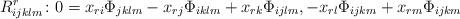
LaTeX: \begin{align*}R_{ijklm}^r\colon0=x_{ri}\Phi_{j k l m} -x_{rj}\Phi_{i k l m}+x_{rk} \Phi_{i j l m}, -x_{rl}\Phi_{i j k m}+x_{rm}\Phi_{i j k m}\end{align*}